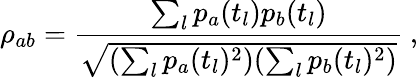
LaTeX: \rho_{ab}=\frac{\sum_{l}p_{a}(t_{l})p_{b}(t_{l})}{\sqrt{(\sum_{l}p_{a}(t_{l})^{2})(\sum_{l}p_{b}(t_{l})^{2})}}\ ,